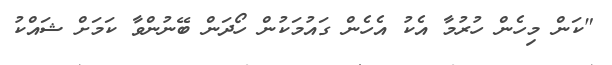
"ކަން މިހެން ހުރުމާ އެކު އެހެން ގައުމަކުން ހޯދަން ބޭނުންވާ ކަމަށް ޝައްކު